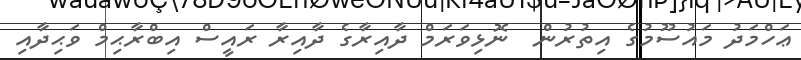
ޢަހްމަދު މައުސޫމުގެ އިތުރުން  ނޮޅިވަރަމް ދާއިރާގެ ދާއިރާ ރައީސް އިބްރާޙިމް ވަޙިދާއި